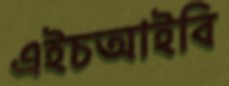
এইচআইবি